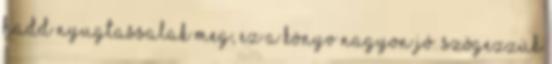
hadd nyugtassalak meg, ez a könyv nagyon jó. Szögezzük